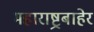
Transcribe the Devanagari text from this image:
महाराष्ट्रबाहेर